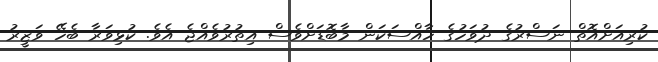
ކުރިއަށްއޮތް ނަސްރުގެ ދުވަހުގެ ހާއްސަކަން މާބޮޑަށްވެސް އިތުރުވެއްޖެ އެވެ. ކުޅިވަރާ ބެހޭ ވަޒީރު